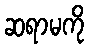
ဆရာမကို